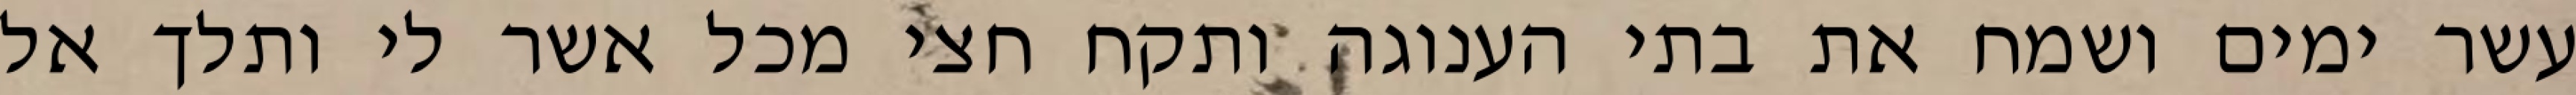
עשר ימים ושמח את בתי הענוגה ותקח חצי מכל אשר לי ותלך אל